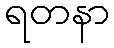
ရတနာ